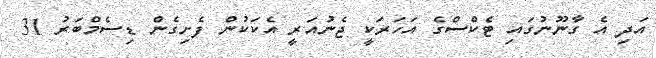
އަދި އެ ގާނޫނުގައި ޓެކްސްގެ އަހަރަކީ ޖެނުއަރީ އެކަކުން ފެށިގެން ޑިސެމްބަރު 31